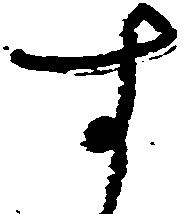
す